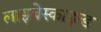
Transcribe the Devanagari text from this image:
लाइबेस्काइन्ड